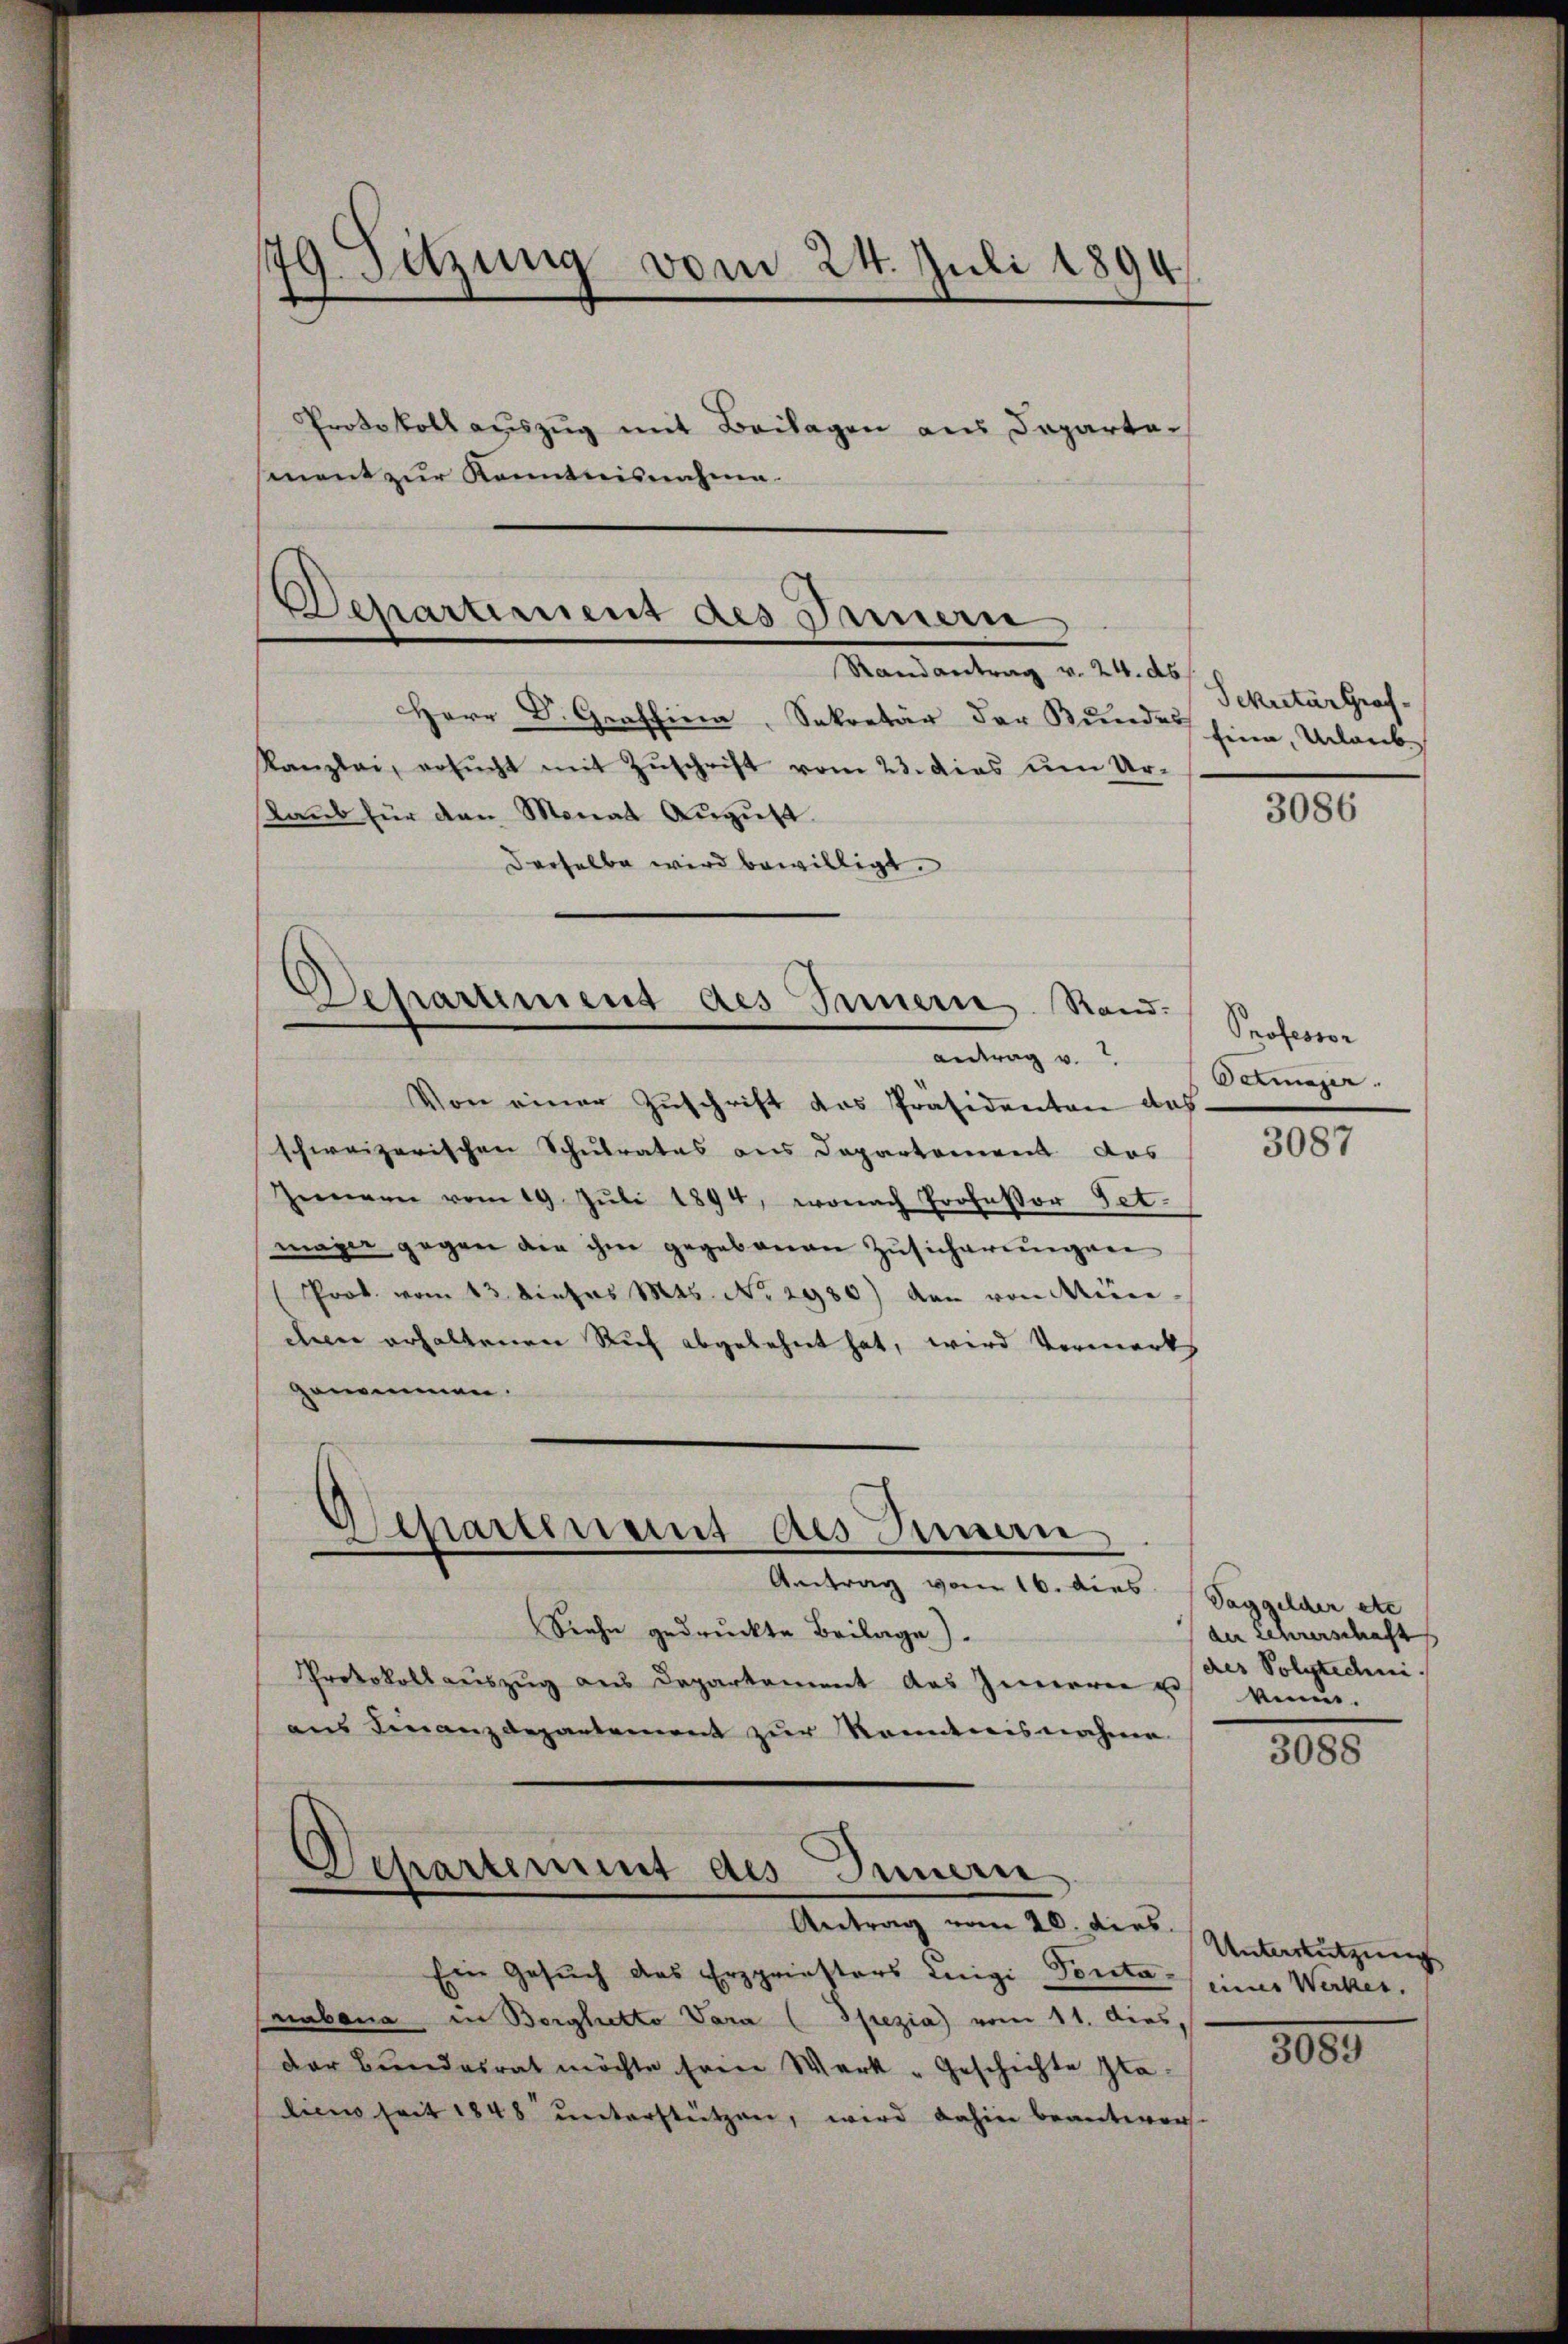
Sitzung vom 24. Juli 1894.
.
¬

ment zur Kenntnisnahme.

Protokoll auszug mit Beilagen aus Departe¬

Schartiment des Innern
Randantrag v. 24. ds

Herr Dr. Graffina, Sekretär der Bunde hina, Urlaub
Kanzlei, ersŭcht mit Zŭschrift vom 23. das ŭm Ur-
Laub für den Monat August.
derselbe wird bewilligt.

Von einer Zuschrift des Präsidenten das.
schweizerischen Schulrates aus Departement das
Zimern vom 19. Jŭli 1894, wonach Professor Get.
mage gegen die ihm gegebenen Zusicherungen
Prok. vom 13. Dietr. Mts. No. 2930) den von Mün-
den erhaltenen Ruf abgelehnt hat, wird Vormerks
genommen.

d
harument des Innern Rand.
antrag v.

Separtenant des Innen
Antrag vom 16. dies Saggelder etc

Siehe gedruckte Beilage).
Protokoll aŭszŭg ans Departement des Innern u. venir.
ans veranzdepartement zŭr Kenntnisnahme
Ein Gesuch das Erzpriesters Luigi Ponta eines Werker.
nabona in Berghetto Vara ( Spezia) vom 11. dies,
der Bundesrat möchte sein Werk - Geschichte staliens seit 1848 unterstützen, wird dahin beantwor-

Departement des Innen
Antrag vom 26. ders. Unterletzung

Sekretär Graf

3086

Professor
Oetmager.

3087

der Lehrerschaft
des Polytechni

3088

3000